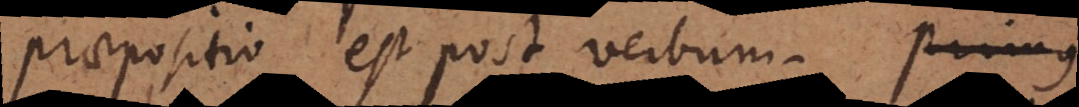
praepositio est post verbum, primus